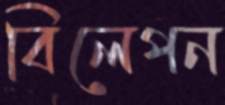
বিলেপন